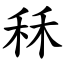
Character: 秝